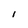
Character: i